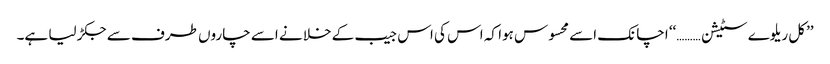
’’کل ریلوے سٹیشن ………‘‘ اچانک اسے محسوس ہوا کہ اس کی اس جیب کے خلا نے اسے چاروں طرف سے جکڑ لیا ہے۔